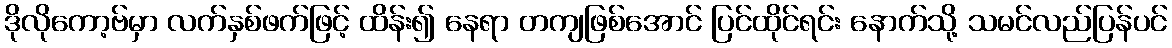
ဒိုလိုကော့ဗ်မှာ လက်နှစ်ဖက်ဖြင့် ထိန်း၍ နေရာ တကျဖြစ်အောင် ပြင်ထိုင်ရင်း နောက်သို့ သမင်လည်ပြန်ပင်